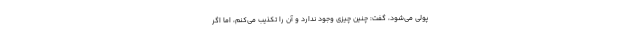
پولی می‌شود، گفت: چنین چیزی وجود ندارد و آن را تکذیب می‌کنم، اما اگر